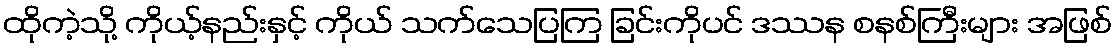
ထိုကဲ့သို့ ကိုယ့်နည်းနှင့် ကိုယ် သက်သေပြကြ ခြင်းကိုပင် ဒဿန စနစ်ကြီးများ အဖြစ်